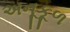
અનૂકૂળ